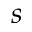
s